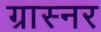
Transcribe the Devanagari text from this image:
ग्रास्नर